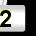
Digit: 2